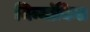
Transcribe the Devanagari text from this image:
निन्मांकित